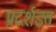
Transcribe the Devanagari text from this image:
प्रदर्शइत